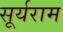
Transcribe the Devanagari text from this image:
सूर्यराम